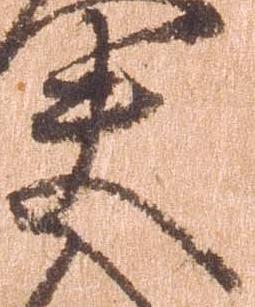
夫